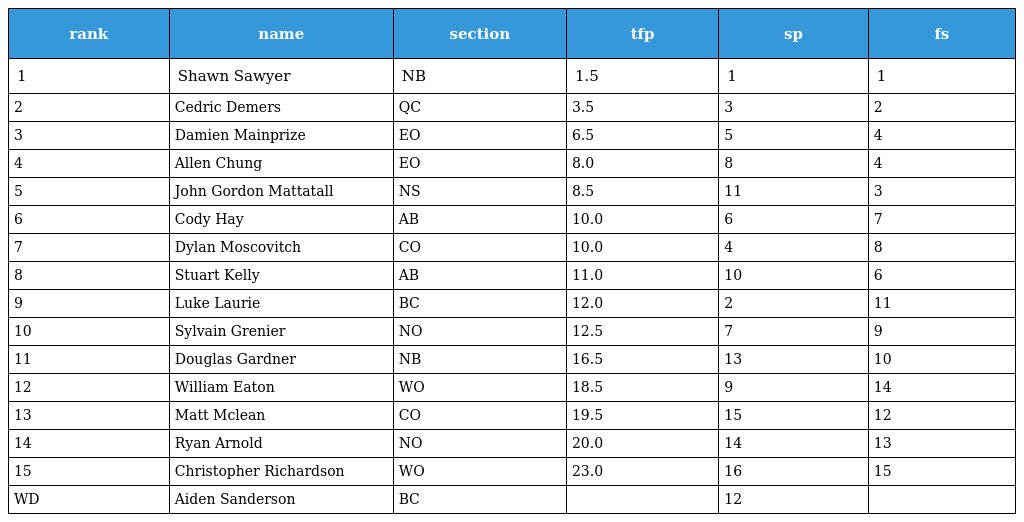
| rank | name | section | tfp | sp | fs |
 | --- | --- | --- | --- | --- | --- |
 | 1 | Shawn Sawyer | NB | 1.5 | 1 | 1 |
 | 2 | Cedric Demers | QC | 3.5 | 3 | 2 |
 | 3 | Damien Mainprize | EO | 6.5 | 5 | 4 |
 | 4 | Allen Chung | EO | 8.0 | 8 | 4 |
 | 5 | John Gordon Mattatall | NS | 8.5 | 11 | 3 |
 | 6 | Cody Hay | AB | 10.0 | 6 | 7 |
 | 7 | Dylan Moscovitch | CO | 10.0 | 4 | 8 |
 | 8 | Stuart Kelly | AB | 11.0 | 10 | 6 |
 | 9 | Luke Laurie | BC | 12.0 | 2 | 11 |
 | 10 | Sylvain Grenier | NO | 12.5 | 7 | 9 |
 | 11 | Douglas Gardner | NB | 16.5 | 13 | 10 |
 | 12 | William Eaton | WO | 18.5 | 9 | 14 |
 | 13 | Matt Mclean | CO | 19.5 | 15 | 12 |
 | 14 | Ryan Arnold | NO | 20.0 | 14 | 13 |
 | 15 | Christopher Richardson | WO | 23.0 | 16 | 15 |
 | WD | Aiden Sanderson | BC |  | 12 |  |